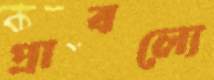
প্রাবল্যে